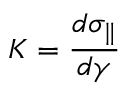
K = \frac { d \sigma _ { \parallel } } { d \gamma }